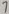
Text: 7